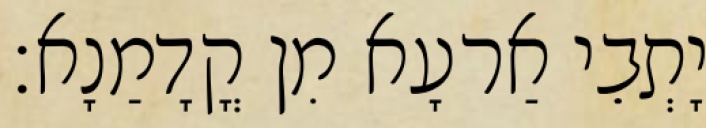
יָתְבֵי אַרעָא מִן קֳדָמַנָא׃